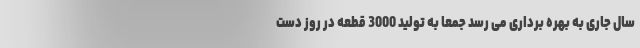
سال جاری به بهره برداری می رسد جمعا به تولید 3000 قطعه در روز دست